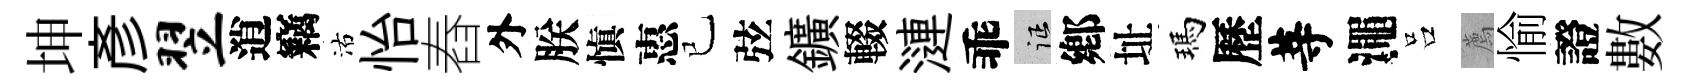
坤彥翌逍竊沽怡舂外朕愼惠已弦鑛輟漣乖征鄕址瑪歷䓁澠吕薦愉證數